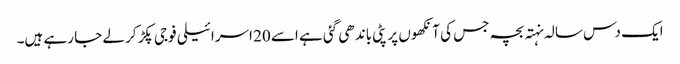
ایک دس سالہ نہتہ بچہ جس کی آنکھوں پر پٹی باندھی گئی ہے اسے 20 اسرائیلی فوجی پکڑ کر لے جا رہے ہیں۔